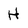
Character: H